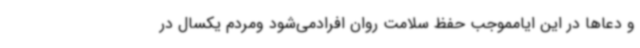
و دعاها در این ایامموجب حفظ سلامت روان افرادمی‌شود ومردم یکسال در